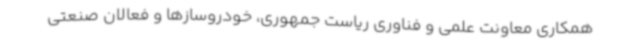
همکاری معاونت علمی و فناوری ریاست جمهوری، خودروسازها و فعالان صنعتی